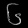
Digit: ၆